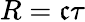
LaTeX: R=\mathfrak{c}\tau